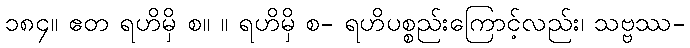
၁၈၄။ ဧတ ရဟိမှိ စ။ ။ ရဟိမှိ စ- ရဟိပစ္စည်းကြောင့်လည်း၊ သဗ္ဗဿ-